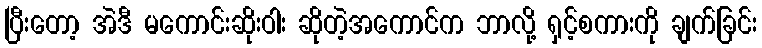
ပြီးတော့ အဲဒီ မကောင်းဆိုးဝါး ဆိုတဲ့အကောင်က ဘာလို့ ရှင့်စကားကို ချက်ခြင်း